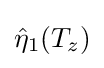
{\hat {\eta }}_{1}(T_{z})